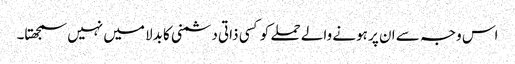
اس وجہ سے ان پر ہونے والے حملے کو کسی ذاتی دشمنی کا بدلا میں نہیں سمجھتا۔